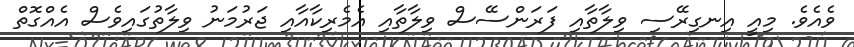
ވެއެވެ. މިއީ އިނގިރޭސި ވިލާތާއި ފަރަންސޭސް ވިލާތާއި އެމެރިކާއާއި ޖަރުމަނު ވިލާތުގައިވެސް އެއްގޮތް